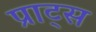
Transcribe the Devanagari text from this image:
प्राट्स